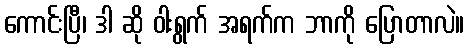
ကောင်းပြီ၊ ဒါ ဆို ဝါးရွက် အရက်က ဘာကို ပြောတာလဲ။